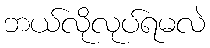
ဘယ်လိုလုပ်ရမလဲ